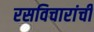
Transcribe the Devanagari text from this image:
रसविचारांची